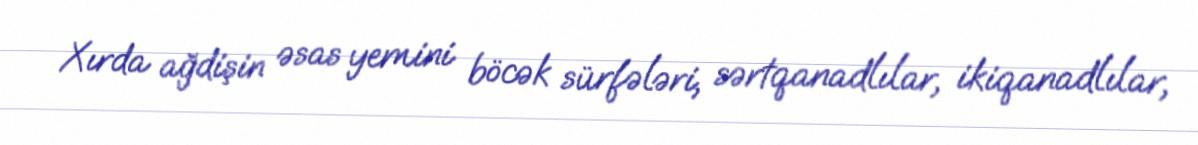
Xırda ağdişin əsas yemini böcək sürfələri, sərtqanadlılar, ikiqanadlılar,